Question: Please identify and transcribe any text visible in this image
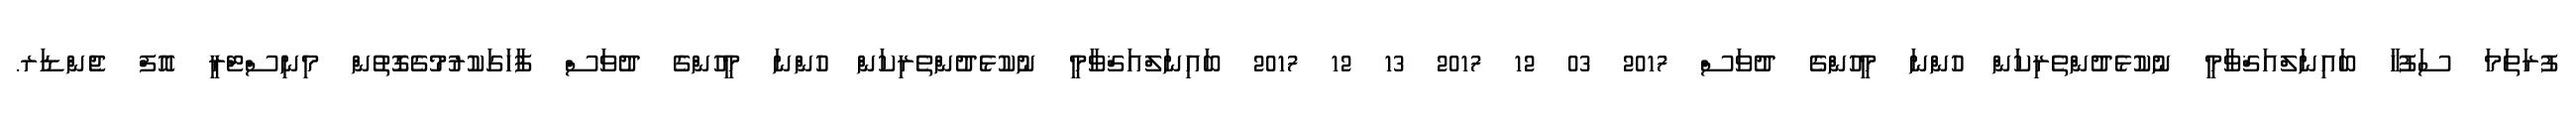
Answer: ފުރަތަމަ ސަފުހާ ބައިނަލްއަޤްވާމީ ނުކުޅެދުންތެރިކަން ހުންނަ މީހުންގެ ދުވަސް 2017 03 12 2017 13 12 2017 ބައިނަލްއަޤްވާމީ ނުކުޅެދުންތެރިކަން ހުންނަ މީހުންގެ ދުވަސް ފާހަގަކުރުމުގެގޮތުން މިނިސްޓްރީ އޮފް ޖެންޑަރ.